King Institute of Preventive Medicine Bacteriolog. Section reports 1907-08
Year: 1907
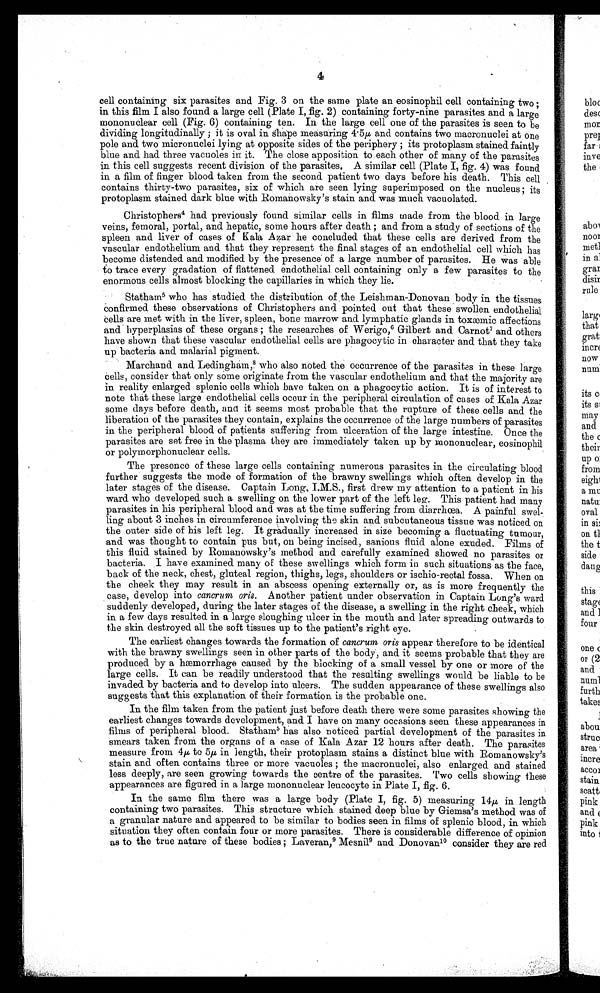
4
cell containing six parasites and Fig. 3 on the. same plate an eosinophil cell containing two ;
in this film I also found a large cell (Plate I, fig. 2) containing forty-nine parasites and a large
mononuclear cell (Fig . 6) containing ten. In the large cell one of the parasites is seen to be
dividing longitudinally ; it is oval in shape measuring 4.5μ and contains two macronuclei at one
pole and two micronuclei lying at opposite sides of the periphery ; its protoplasm stained faintly
blue and had three vacuoles in it. The close apposition to each other of many of the parasites
in this cell suggests recent division of the parasites. A similar cell (Plate I, fig. 4) was found
in a film of finger blood taken from the second patient two days before his death. This cell
contains thirty-two parasites, six of which are seen lying superimposed on the nucleus; its
protoplasm stained dark blue with Romanowsky's stain and was much vacuolated.
Christophers4 had previously found similar cells in films made from the blood in large
veins, femoral, portal, and hepatic, some hours after death ; and from a study of sections of the
spleen and liver of cases of Kala Azar he concluded that these cells are derived from the
vascular endothelium and that they represent the final stages of an endothelial cell which has
become distended and modified by the presence of a large number of parasites. He was able
to trace every gradation of flattened endothelial cell containing only a few parasites to the
enormous cells almost blocking the capillaries in which they lie.
Statharn 5 who has studied the distribution of the Leishman-Donovan body in the tissues
Confirmed these observations of Christophers and pointed out that these swollen endothelial
cells are met with in the liver, spleen, bone marrow and lymphatic glands in toxæmic affections
and hyperplasias of these organs ; the researches of Werigo,6 Gilbert and Carnot 7 and others
have shown that these vascular endothelial cells are phagocytic in character and that they take
up bacteria and malarial pigment.
Marchand and Ledingliam,8 who also noted the occurrence of the parasites in these large
Cells, consider that only same originate from the vascular endothelium and that the majority are
in reality enlarged splenic cells which have taken on a phagocytic action. It is of interest to
note that these large endothelial cells occur in the peripheral circulation of cases of Kala Azar
some days before death, and it seems most probable that the rupture of these cells and the
liberation of the parasites they contain, explains the occurrence of the large numbers of parasites
in the peripheral blood of patients suffering from ulceration of the large intestine. Once the
parasites are set free in the plasma they are immediately taken up by mononuclear, eosinophil
or polymorphonuclear cells.
The presence of these large cells containing numerous parasites in the circulating blood
further suggests the mode of formation of the brawny swellings which often develop in the
later stages of the disease. Captain Long, I.M.S., first drew my attention to a patient in his
ward who developed such a swelling on the lower part of the left leg. This patient had many
parasites in his peripheral blood and was at the time suffering from diarrhœa. A painful swel-
ling about 3 inches in circumference involving the skin and subcutaneous tissue was noticed on
the outer side of his left leg. It gradually increased in size becoming a fluctuating tumour,
and was thought to contain pus but, on being incised, sanious fluid alone exuded. Films of
this fluid stained by Romanowsky's method and carefully examined showed no parasites or
bacteria. I have examined many of these swellings which form in such situations as the face,
back of the neck, chest, gluteal region, thighs, legs, shoulders or ischio-rectal fossa. When on
the cheek they may result in an abscess opening externally or, as is more frequently the
case, develop into cantrum oris. Another patient under observation in Captain Long's ward
suddenly developed, during the later stages of the disease, a swelling in the right cheek, which
in a few days resulted in a large sloughing ulcer in the mouth and later spreading outwards to
the skin destroyed all the soft tissues up to the patient's right eye.
The earliest changes towards the formation of c antrum oris appear therefore to be identical
with the brawny swellings seen in other parts of the body, and it seems probable that they are
produced by a hæmorrhage caused by the blocking of a small vessel by one or more of the
large cells. It can be readily understood that the resulting swellings would be liable to be
invaded by bacteria and to develop into ulcers. The sudden appearance of these swellings also
suggests 'that this explanation of their formation is the probable one.
In the film taken from the patient just before death there were some parasites showing the
earliest changes towards development, and I have on many occasions seen these appearances in
films of peripheral blood. Statham5 h a s a l s o n o t i c e d p a r t i a l d e v e l o p m e n t o f t h e p a r a s i t e s i n
smears taken from the organs of a case of Kale Azar 12 hours after death. The parasites
measure from 4μ to 5μ in length, their protoplasm stains a distinct blue with Romanowsky's
stain and often contains three or more vacuoles ; the macronuclei, also enlarged and stained
less deeply, are seen growing towards the centre of the parasites. Two cells showing these
appearances are figured in a large mononuclear leucocyte in Plate I, fig. 6.
In the same film there was a large body (Plate I, fig . 5) measuring 14p, in length
containing two parasites. This structure which stained deep blue by Giemsa's method was of
a granular nature and appeared to be similar to bodies seen in films of splenic blood, in which
situation they often contain four or more parasites. There is considerable difference of opinion
as to the true nature of these bodies ; Laveran, 9 Mesnil9 and Donovan10 consider they are red